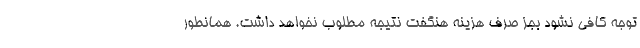
توجه کافی نشود بجز صرف هزینه هنگفت نتیجه مطلوب نخواهد داشت. همانطور